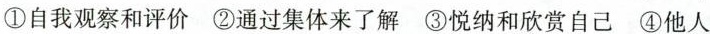
①自我观察和评价②通过集体来了解③悦纳和欣赏自己④他人